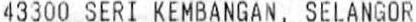
43300 SERI KEMBANGAN, SELANGOR